Civil Veterinary Dept. Bombay admin report 1923-31 - 1923-1931
Year: 1923
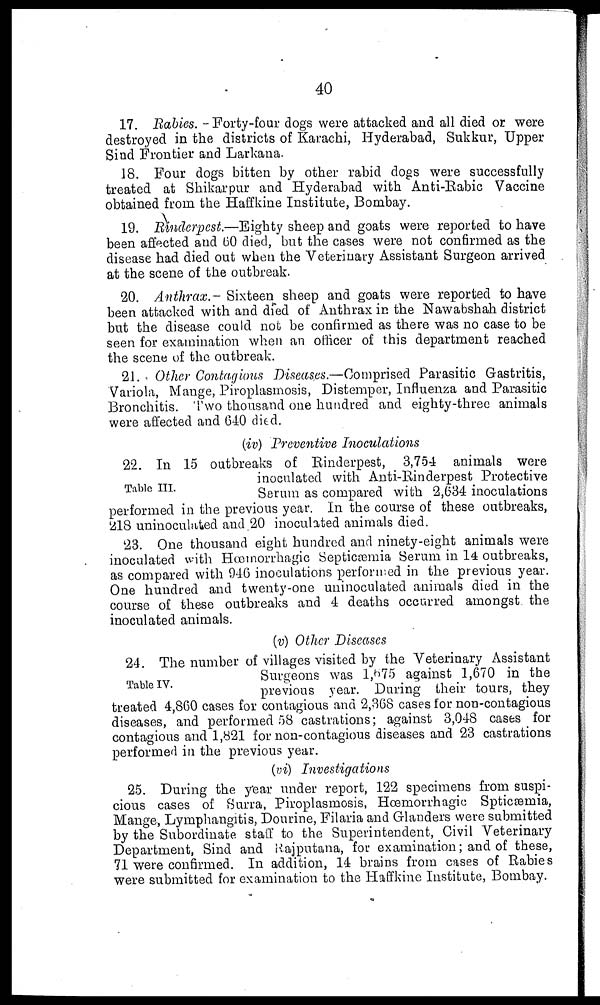
40
17. Babies. - Forty-four dogs were attacked and all died or were
destroyed in the districts of Karachi, Hyderabad, Sukkur, Upper
Sind Frontier and Larkana.
18. Four dogs bitten by other rabid dogs were successfully
treated at Shikar pur and Hyderabad with Anti-Rabic Vaccine
obtained from the Haffkine Institute, Bombay.
19. Rinderpest.—Eighty sheep and goats were reported to have
been affected and 60 died, but the cases were not confirmed as the
disease had died out when the Veterinary Assistant Surgeon arrived
at the scene of the outbreak.
20. Anthrax.- Sixteen sheep and goats were reported to have
been attacked with and died of Anthrax in the Nawabshah district
but the disease could not be confirmed as there was no case to be
seen for examination when an officer of this department reached
the scene of the outbreak.
21. Other Contagious Diseases.—Comprised Parasitic Gastritis,
Variola, Mange, Piroplasmosis, Distemper, Influenza and Parasitic
Bronchitis. Two thousand one hundred and eighty-three animals
were affected and 640 died.
(iv) Preventive Inoculations
Table III.
22. In 15 outbreaks of Rinderpest, 3,754 animals were
inoculated with Anti-Rinderpest Protective
Serum as compared with 2,634 inoculations
performed in the previous year. In the course of these outbreaks,
218 uninoculated and 20 inoculated animals died.
23. One thousand eight hundred and ninety-eight animals were
inoculated with Hæmorrhagic Septicæmia Serum in 14 outbreaks,
as compared with 946 inoculations performed, in the previous year.
One hundred and twenty-one uninoculated animals died in the
course of these outbreaks and 4 deaths occurred amongst the
inoculated animals.
(v) Other Diseases
Table IV.
24. The number of villages visited by the Veterinary Assistant
Surgeons was 1,675 against 1,670 in the
previous year. During their tours, they
treated 4,860 cases for contagious and 2,368 cases for non-contagious
diseases, and performed 58 castrations; against 3,048 cases for
contagious and 1,821 for non-contagious diseases and 23 castrations
performed in the previous year.
(vi) Investigations
25. During the year under report, 122 specimens from suspi-
cious cases of Surra, Piroplasmosis, Hæmorrhagic Spticæmia,
Mange, Lymphangitis, Dourine, Filaria and Glanders were submitted
by the Subordinate staff to the Superintendent, Civil Veterinary
Department, Sind and Rajputana, for examination; and of these,
71 were confirmed. In addition, 14 brains from cases of Rabies
were submitted for examination to the Haffkine Institute, Bombay.